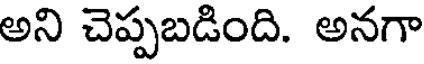
అని చెప్పబడింది. అనగా